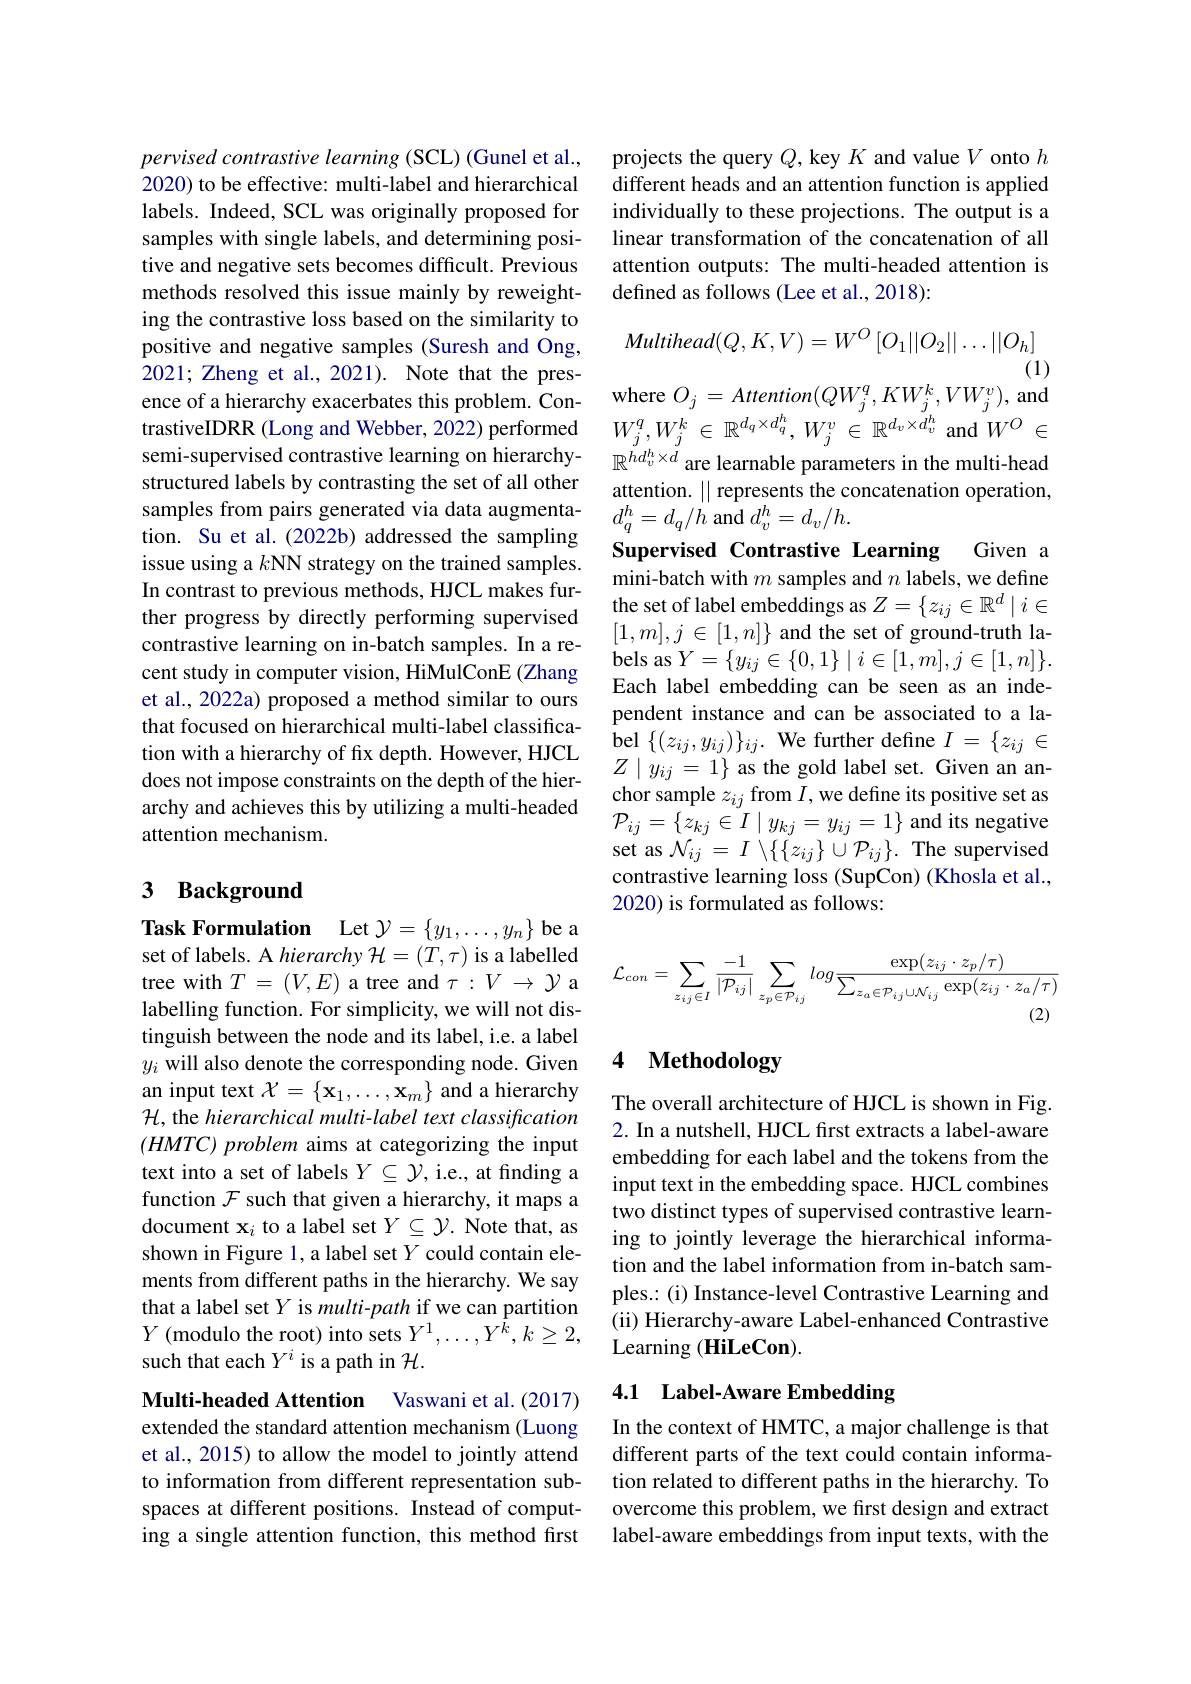
pervised contrastive learning (SCL) (Gunel et al., 2020) to be effective: multi-label and hierarchical labels. Indeed, SCL was originally proposed for samples with single labels, and determining positive and negative sets becomes difficult. Previous methods resolved this issue mainly by reweighting the contrastive loss based on the similarity to positive and negative samples (Suresh and Ong, 2021; Zheng et al., 2021). Note that the presence of a hierarchy exacerbates this problem. ContrastiveIDRR (Long and Webber, 2022) performed semi-supervised contrastive learning on hierarchy- $\mathbb{R}^{hd_v^h\times d}$ are learnable parameters in the multi-head
structured labels by contrasting the set of all other samples from pairs generated via data augmentation. Su et al.(2022b) addressed the sampling issue using a $k$NN strategy on the trained samples. In contrast to previous methods, HJCL makes further progress by directly performing supervised contrastive learning on in-batch samples. In a recent study in computer vision, HiMulConE (Zhang et al., 2022a) proposed a method similar to ours that focused on hierarchical multi-label classification with a hierarchy of fix depth. However, HJCL does not impose constraints on the depth of the hierarchy and achieves this by utilizing a multi-headed attention mechanism.

## 3 Background

Task Formulation Let $\mathcal{Y}=\{y_1,\ldots,y_n\}$ be a set of labels. A hierarchy $\mathcal{H}=(T,\tau)$ is a labelled tree with $T=(V,E)$ a tree and $\tau:V\to\mathcal{Y}$ a labelling function. For simplicity, we will not distinguish between the node and its label, i.e. a label $y_i$ will also denote the corresponding node. Given an input text $\mathcal{X}=\left\{\mathbf{x}_1,\ldots,\mathbf{x}_m\right\}$ and a hierarchy H, the hierarchical multi-label text classification $( HMTC) \textit{ problem aims at categorizing the input}$ text into a set of labels $Y\subseteq\mathcal{Y}$, i.e., at finding a function $\mathcal{F}$ such that given a hierarchy, it maps a document $\mathbf{x}_i$ to a label set $Y\subseteq\mathcal{Y}.$ Note that, as shown in Figure 1, a label set $Y$ could contain elements from different paths in the hierarchy. We say that a label set $Y$ is multi-path if we can partition $Y$ (modulo the root) into sets $Y^1,\ldots,Y^{\hat{k}},k\geq2$, such that each $Y^i$ is a path in $\mathcal{H}.$

Multi-headed Attention Vaswani et al.(2017) extended the standard attention mechanism (Luong et al., 2015) to allow the model to jointly attend to information from different representation subspaces at different positions. Instead of computing a single attention function, this method first

projects the query $Q$, key $K$ and value $V$ onto $h$ different heads and an attention function is applied individually to these projections. The output is a linear transformation of the concatenation of all attention outputs: The multi-headed attention is defined as follows (Lee et al., 2018):
$$lultihead(Q,K,V)=W^{O}\left[O_{1}||O_{2}||\ldots||O_{h}\right]$$
(1)

where $O_j=Attention(QW_{j}^{q},KW_{j}^{k},VW_{j}^{v})$,and

$W_{j}^{q}, W_{j}^{k}$ $\in$ $\mathbb{R} ^{d_{q}\times d_{q}^{h}}$, $W_{j}^{v}$ $\in$ $\mathbb{R} ^{d_{v}\times d_{v}^{h}}$ and $W^{O}$ $\in$

attention. $\|$ represents the concatenation operation,

$d_{q}^{h}=d_{q}/h$ and $d_v^h=d_v/h.$

Given a

Supervised Contrastive Learning
mini-batch with $m$ samples and $n$ labels, we define the set of label embeddings as $Z=\{z_{ij}\in\mathbb{R}^d\mid i\in$ $[1,m],j\in[1,n]\}$ and the set of ground-truth labels as $Y=\{y_{ij}\in\{0,1\}\mid i\in[1,m],j\in[1,n]\}.$ Each label embedding can be seen as an independent instance and can be associated to a label $\{(z_{ij},y_{ij})\}_{ij}.$ We further define $I=\{z_{ij}\in$ $Z\mid y_{ij}=1\}$ as the gold label set. Given an anchor sample $z_ij$ from $I$,we defne its positive set as $\mathcal{P}_{ij}=\left\{z_{kj}\in I\mid y_{kj}=y_{ij}=1\right\}$and its negative set as $\mathcal{N}_{ij}=I\setminus\{\{z_{ij}\}\cup\mathcal{P}_{ij}\}.$ The supervised contrastive learning loss (SupCon) (Khosla et al., 2020) is formulated as follows:
$$\mathcal{L}_{con}=\sum_{z_{ij}\in I}\frac{-1}{|\mathcal{P}_{ij}|}\sum_{z_{p}\in\mathcal{P}_{ij}}log\frac{\exp(z_{ij}\cdot z_{p}/\tau)}{\sum_{z_{a}\in\mathcal{P}_{ij}\cup\mathcal{N}_{ij}}\exp(z_{ij}\cdot z_{a}/\tau)}$$
# 4 Methodology

The overall architecture of HJCL is shown in Fig. 2. In a nutshell, HJCL frst extracts a label-aware embedding for each label and the tokens from the input text in the embedding space. HJCL combines two distinct types of supervised contrastive learning to jointly leverage the hierarchical information and the label information from in-batch samples.: (i) Instance-level Contrastive Learning and (ii) Hierarchy-aware Label-enhanced Contrastive Learning ( HiLeCon) .

# 4.1 Label-Aware Embedding

In the context of HMTC, a major challenge is that different parts of the text could contain information related to different paths in the hierarchy. To overcome this problem, we fırst design and extract label-aware embeddings from input texts, with the